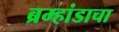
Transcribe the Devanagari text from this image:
ब्रम्हांडाचा